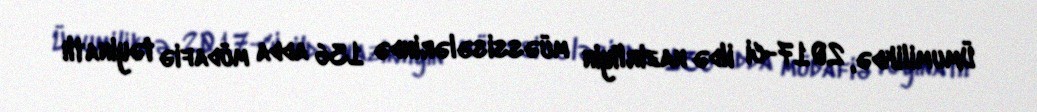
Ümumilikdə, 2017-ci ildə nazirliyin müəssisələrində 136 adda müdafiə təyinatlı